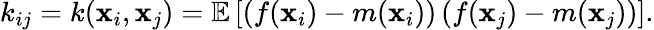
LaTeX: \begin{array}{r}{k_{ij}=k(\textbf{x}_{i},\textbf{x}_{j})=\mathbb{E}\left[\left(f(\textbf{x}_{i})-m(\textbf{x}_{i})\right)\left(f(\textbf{x}_{j})-m(\textbf{x}_{j})\right)\right].}\end{array}